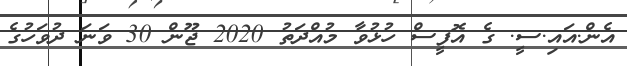
އެން.އައި.ސީ. ގެ އޮފީސް ހުޅުވާ މުއްދަތު 2020 ޖޫން 30 ވަނަ ދުވަހުގެ